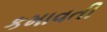
કમાવતી